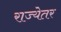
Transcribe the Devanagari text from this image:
राज्येतर